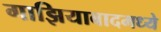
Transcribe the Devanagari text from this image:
गाझियाबादमध्ये